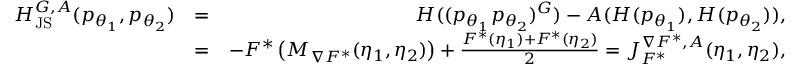
\begin{array} { r l r } { H _ { \mathrm { J S } } ^ { G , A } ( p _ { \theta _ { 1 } } , p _ { \theta _ { 2 } } ) } & { = } & { H ( ( p _ { \theta _ { 1 } } p _ { \theta _ { 2 } } ) ^ { G } ) - A ( H ( p _ { \theta _ { 1 } } ) , H ( p _ { \theta _ { 2 } } ) ) , } \\ & { = } & { - F ^ { * } \left( M _ { \nabla F ^ { * } } ( \eta _ { 1 } , \eta _ { 2 } ) \right) + \frac { F ^ { * } ( \eta _ { 1 } ) + F ^ { * } ( \eta _ { 2 } ) } { 2 } = J _ { F ^ { * } } ^ { \nabla F ^ { * } , A } ( \eta _ { 1 } , \eta _ { 2 } ) , } \end{array}